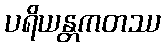
ပရိယန္တကတဿ